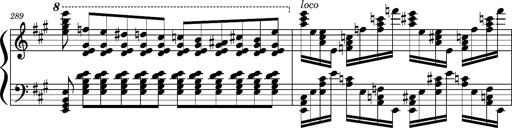
Title: Concerto sans orchestre, S.524a
Composer: Franz Liszt
Key: A major